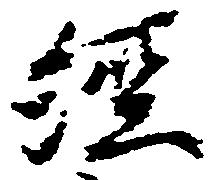
経